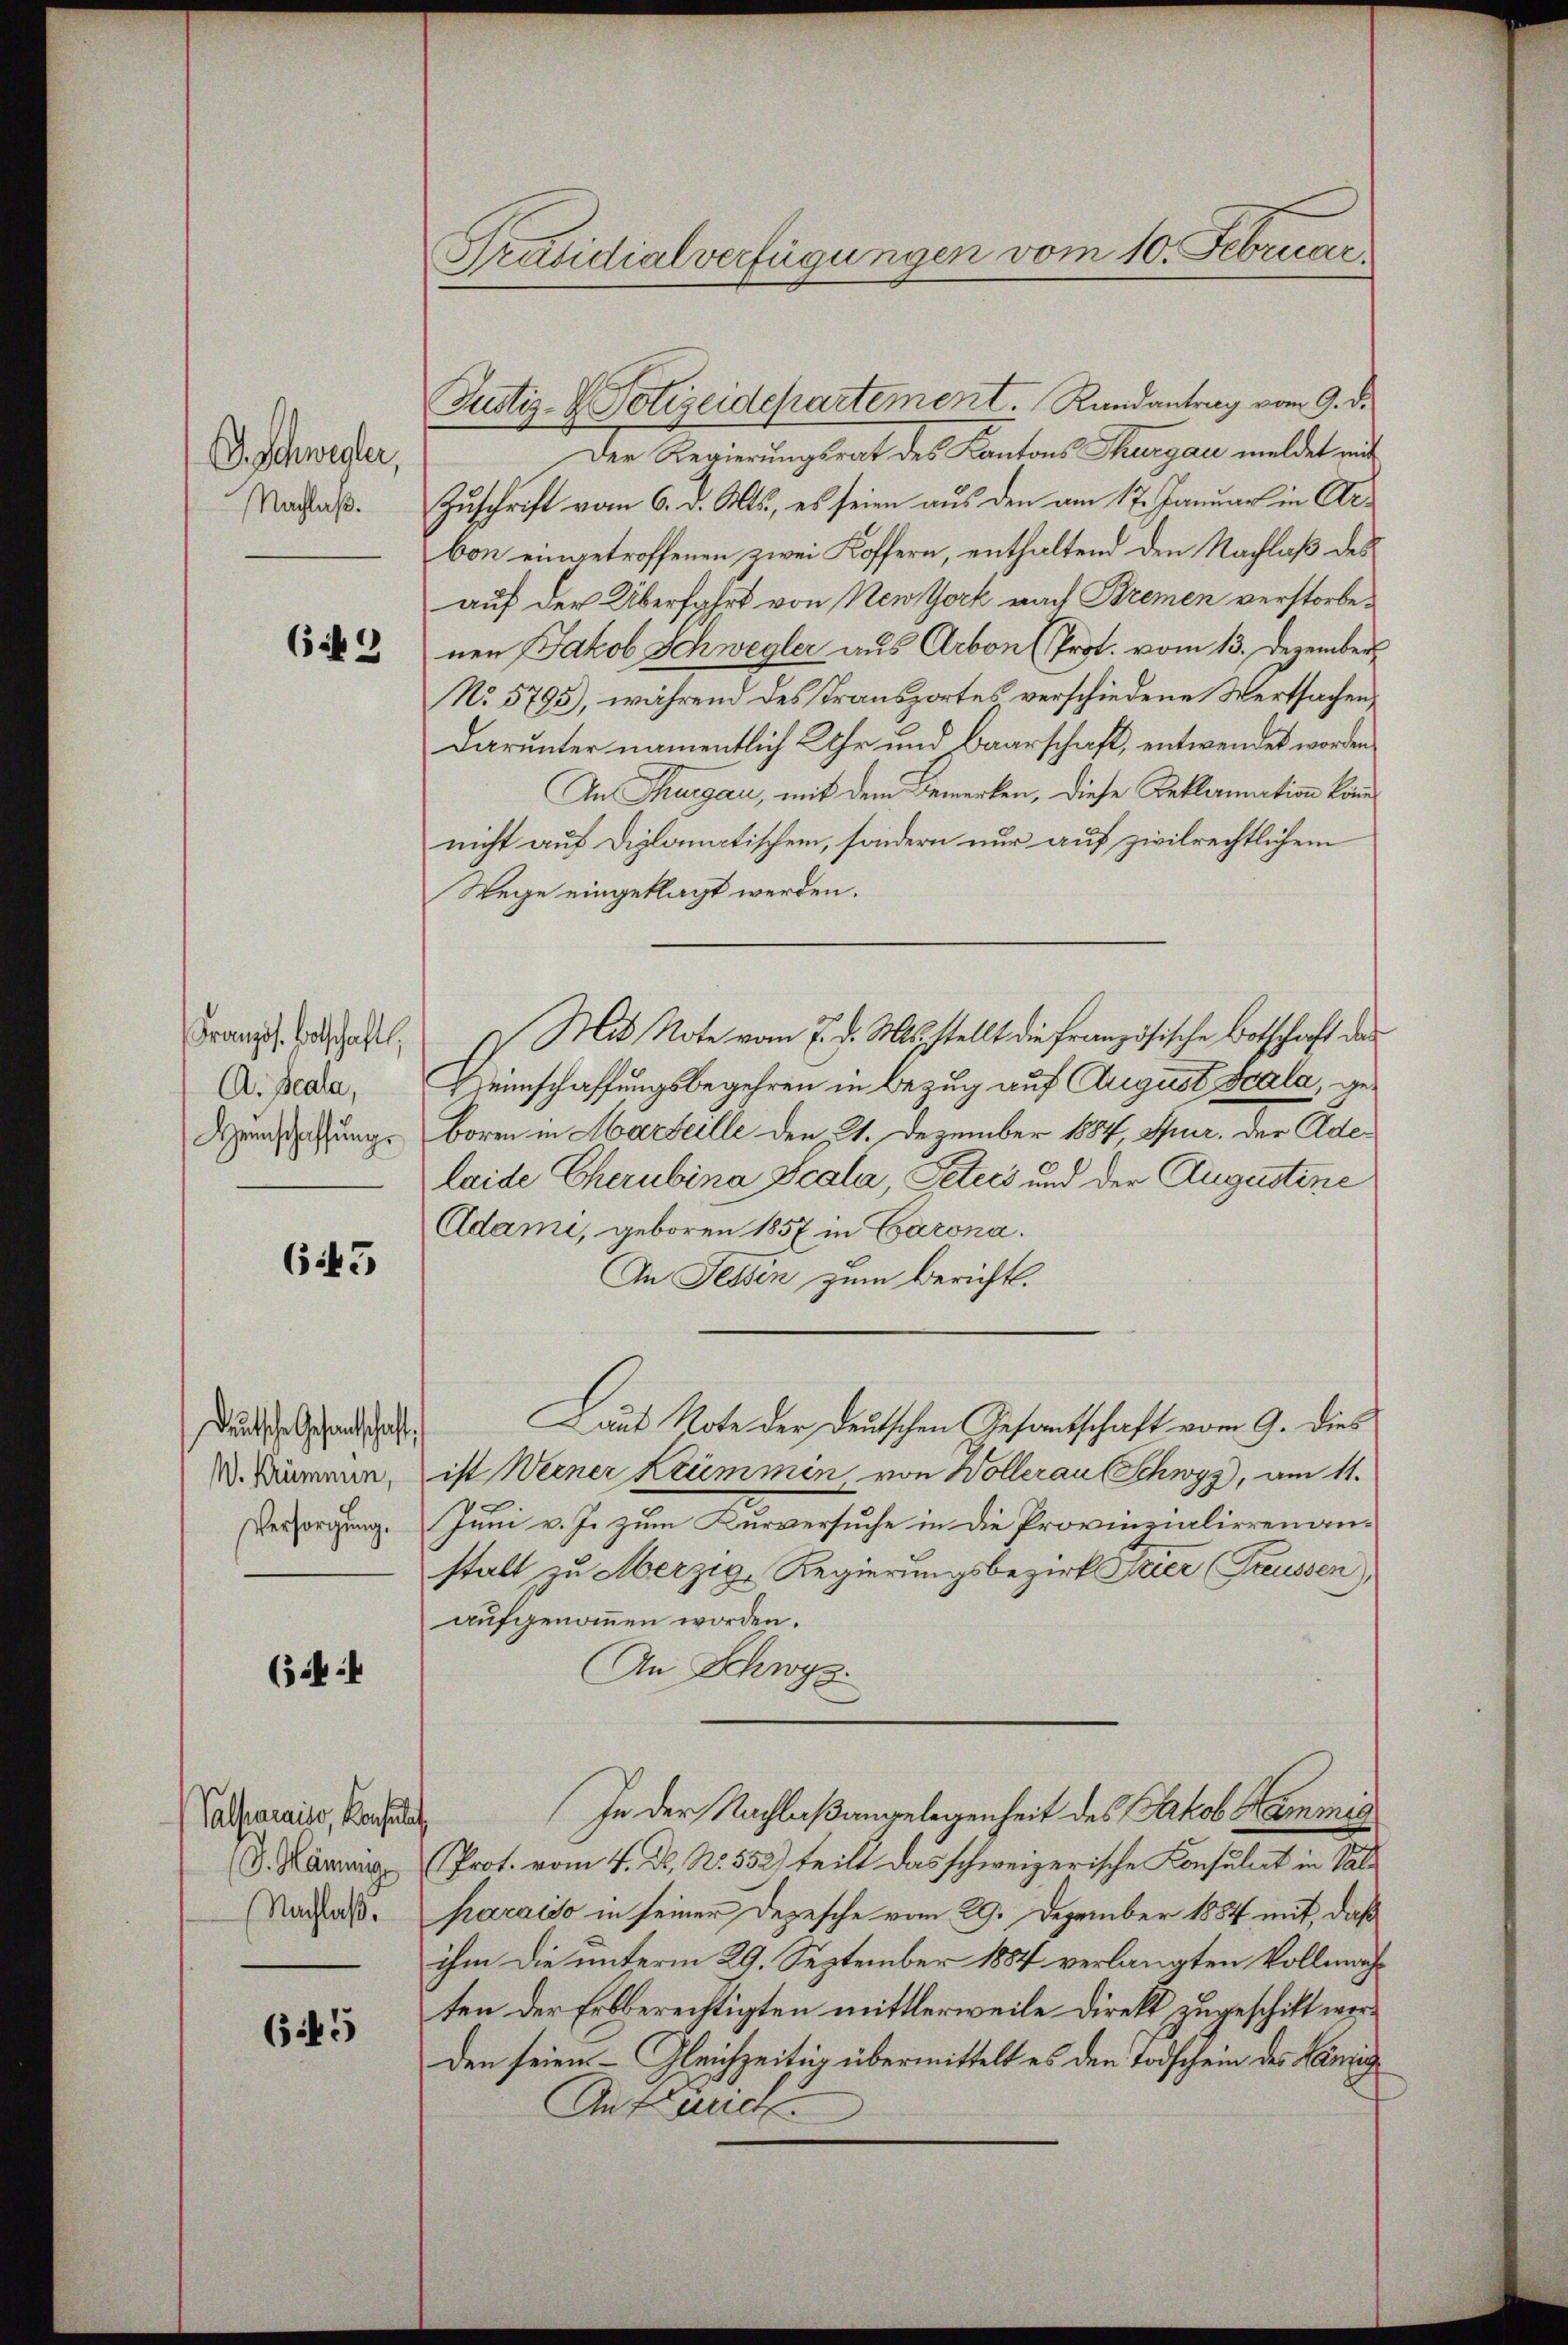
E. Schwegler,
Nachlaß.
(i 9

Französ. Botschaft.
A. Scala,
Heinschaffungs

643

Deutsche Gesandtschaft,
W. Krümmen,
Versorgung.

(44

Valfaraiss, Konsulat
(J. Hämung
Nachlaß.

645

Präsidialverfügungen vom 10. Februar

Justiz- & Polizeidepartement. Randantrag vom 9. d.
Der Regierungsrat des Kantons Thurgau meldet mit
Zuschrift vom 6. d. Mts., es seien aus den am 17. Januar in Arbon eingetroffenen zwei Koffern, enthaltend den Nachlaß des
auf der Überfahrt von New York nach Bremen verstorbenen Jakob Schwegler aus Arbon (Prot. vom 13. Dezember
No. 5793), während des Transportes verschiedene Wertsachen
darunter namentlich & ihr und Baarschaft, entwendet worden
An Thurgau, mit dem Bemerken, diese Beklamation könn
nicht auf diplomatischen, sondern nur auf zivilrechtlichem
Wege eingeklagt werden.
) Mit Note vom 7. d. Mts. stellt die Französische Botschaft des
Zeinschaffungsbegehren in Bezug auf August Scala, geboren in Marseille den 21. Dezember 1884, Auer. Der Adelaide Cherubina Scala, Peters und der Augustine
Adame, geboren 1857 in Carona.
An Tessin zum Bericht.
Laus Note der Deutschen Gesantschaft vom 9. dies
ist Weiner Krümmen von Wollerau Schwyz, am 11.
Juni v. J. zum Kurversuche in die Provinzialierenanstalt zu Merzig-Regierungsbezirk Eier Preussen),
aufgenommen worden.
An Schwyz.
In der Nachlaßangelegenheit des Jakob Kammig
(Prot. vom 4. D. No. 552) teilt das schweizerische Konsulat in Salparaiso in seiner Depesche vom 29. Dezember 1884 mit, daß
ihm die unterm 29. September 1884 verlangten Vollmachten der Erbberechtigten mittlerweile direkt zugeschikt werden seien. – Gleichzeitig übermittelt es den Todschein des Lanzig
Anf mich